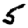
Digit: 5